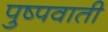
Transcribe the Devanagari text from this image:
पुष्पवाती